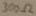
Text: 300Ω